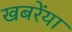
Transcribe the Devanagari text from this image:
खबरेंया